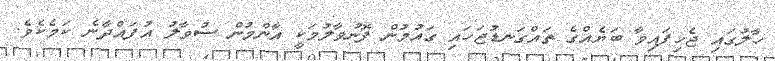
ހާލުގައި ޖެހިފައިވާ ބަޔެއްގެ ތައްގަނޑުޖަހައި ގައުމުން ފޮނުވާލުމަކީ އާންމުން ސުވާލު އުފައްދާނެ ކަމެކެވެ.